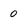
Character: 0